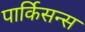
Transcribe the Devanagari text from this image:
पार्किसन्स